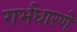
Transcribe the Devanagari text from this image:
गर्भधारणे